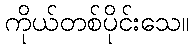
ကိုယ်တစ်ပိုင်းသေ။